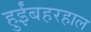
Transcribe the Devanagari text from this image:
हुईंबहरहाल